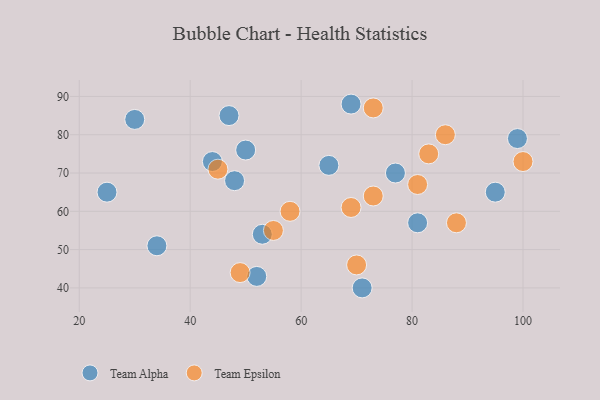
{"axis": {"x": "GDP", "y": "Life Expectancy"}, "legend": ["Team Alpha", "Team Epsilon"], "data": [{"x": "34", "y": 51, "type": "Team Alpha"}, {"x": "44", "y": 73, "type": "Team Alpha"}, {"x": "95", "y": 65, "type": "Team Alpha"}, {"x": "47", "y": 85, "type": "Team Alpha"}, {"x": "48", "y": 68, "type": "Team Alpha"}, {"x": "50", "y": 76, "type": "Team Alpha"}, {"x": "65", "y": 72, "type": "Team Alpha"}, {"x": "52", "y": 43, "type": "Team Alpha"}, {"x": "53", "y": 54, "type": "Team Alpha"}, {"x": "81", "y": 57, "type": "Team Alpha"}, {"x": "71", "y": 40, "type": "Team Alpha"}, {"x": "30", "y": 84, "type": "Team Alpha"}, {"x": "99", "y": 79, "type": "Team Alpha"}, {"x": "69", "y": 88, "type": "Team Alpha"}, {"x": "77", "y": 70, "type": "Team Alpha"}, {"x": "25", "y": 65, "type": "Team Alpha"}, {"x": "45", "y": 71, "type": "Team Epsilon"}, {"x": "100", "y": 73, "type": "Team Epsilon"}, {"x": "73", "y": 64, "type": "Team Epsilon"}, {"x": "69", "y": 61, "type": "Team Epsilon"}, {"x": "88", "y": 57, "type": "Team Epsilon"}, {"x": "70", "y": 46, "type": "Team Epsilon"}, {"x": "83", "y": 75, "type": "Team Epsilon"}, {"x": "58", "y": 60, "type": "Team Epsilon"}, {"x": "73", "y": 87, "type": "Team Epsilon"}, {"x": "55", "y": 55, "type": "Team Epsilon"}, {"x": "81", "y": 67, "type": "Team Epsilon"}, {"x": "49", "y": 44, "type": "Team Epsilon"}, {"x": "86", "y": 80, "type": "Team Epsilon"}]}